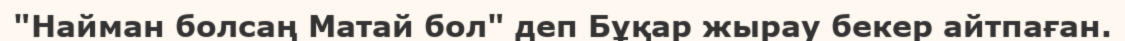
"Найман болсаң Матай бол" деп Бұқар жырау бекер айтпаған.